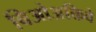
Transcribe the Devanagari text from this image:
बिओअक्तिवे